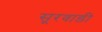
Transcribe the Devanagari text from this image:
सूरवाडी